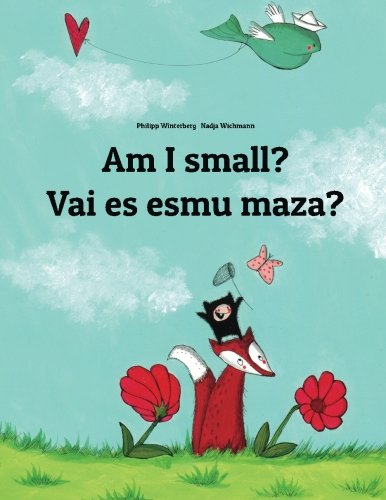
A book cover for Am I small? Vai es esmu maza?: Children's Picture Book English-Latvian (Bilingual Edition); Philipp Winterberg; Children's Books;